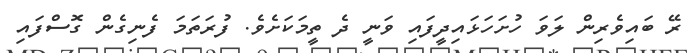
ރޭ ބައިވެރިން ލަވަ ހުށަހަޅައިދީފައި ވަނީ ދެ ތީމަކަށެވެ. ފުރަތަމަ ފެނިގެން ގޮސްފައި